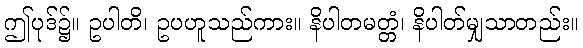
ဤပုဒ်၌။ ဥပါတိ၊ ဥပဟူသည်ကား။ နိပါတမတ္တံ၊ နိပါတ်မျှသာတည်း။